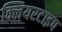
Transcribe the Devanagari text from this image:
क्लियरटाइप